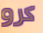
كرو